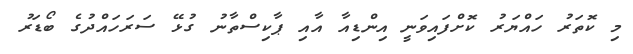
މި ކޮތަރު ހައްޔަރު ކޮށްފައިވަނީ އިންޑިއާ އާއި ޕާކިސްތާނު ގުޅޭ ސަރަހައްދުގެ ބޯޑަރު